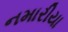
નમારીયા